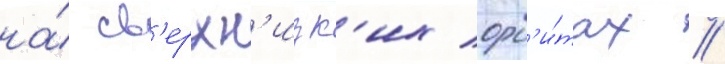
на́ св'ерхн'изк'их орб'и́тах //